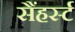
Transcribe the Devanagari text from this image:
सैंहर्स्ट